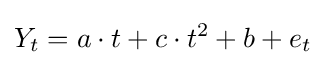
Y_{t}=a\cdot t+c\cdot t^{2}+b+e_{t}